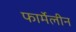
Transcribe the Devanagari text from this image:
फार्मेलीन